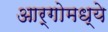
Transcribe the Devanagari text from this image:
आर्गोमध्ये